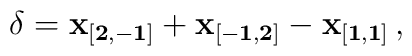
{\bf \delta}= {\bf x_{[2,-1]}}+{\bf x_{[-1,2]}}-{\bf x_{[1,1]}} \,,